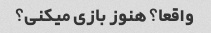
واقعا؟ هنوز بازی میکنی؟